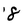
Character: 8